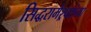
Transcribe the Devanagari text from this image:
सिद्धरामेश्र्वरांच्या